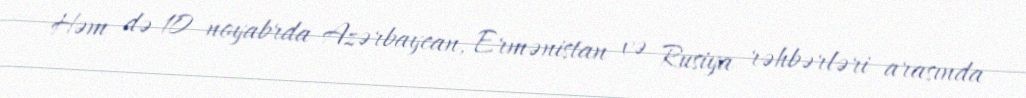
Həm də 10 noyabrda Azərbaycan, Ermənistan və Rusiya rəhbərləri arasında